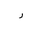
Letter: _ra